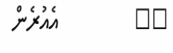
٨٢         އެއުރެން